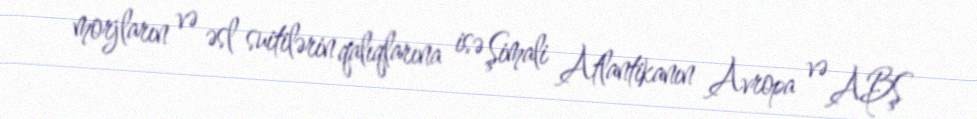
morjların və əsl suitilərin qalıqlarına isə Şimali Atlantikanın Avropa və ABŞ